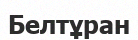
Белтұран